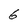
Character: 6